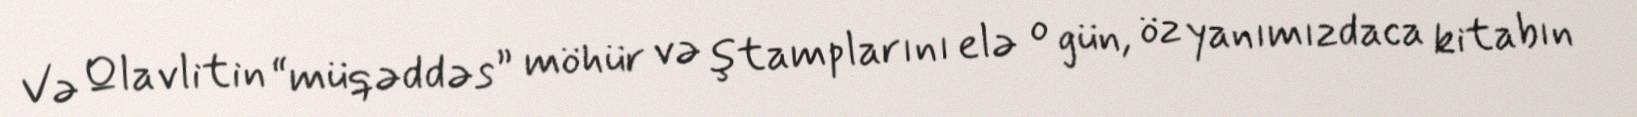
Və Qlavlitin “müqəddəs” möhür və ştamplarını elə o gün, öz yanımızdaca kitabın